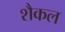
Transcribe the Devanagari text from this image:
शैकल